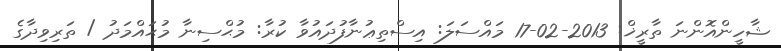
ޝާހީންއޮންނަ ތާރީޚް: 2013-02-17 މައްސަލަ: އިސްތިޢުނާފުދައުވާ ކުރާ: މުޙްސިނާ މުޙައްމަދު / ތަރިވިދާގެ